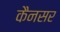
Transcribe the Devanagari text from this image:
कैनसर